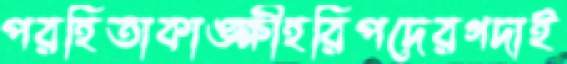
পরহিতাকাঙ্ক্ষীহরিপদেরগদাই